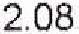
2.08